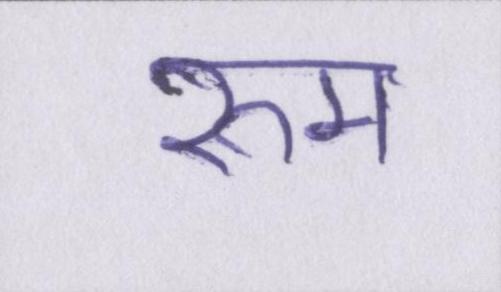
रुम